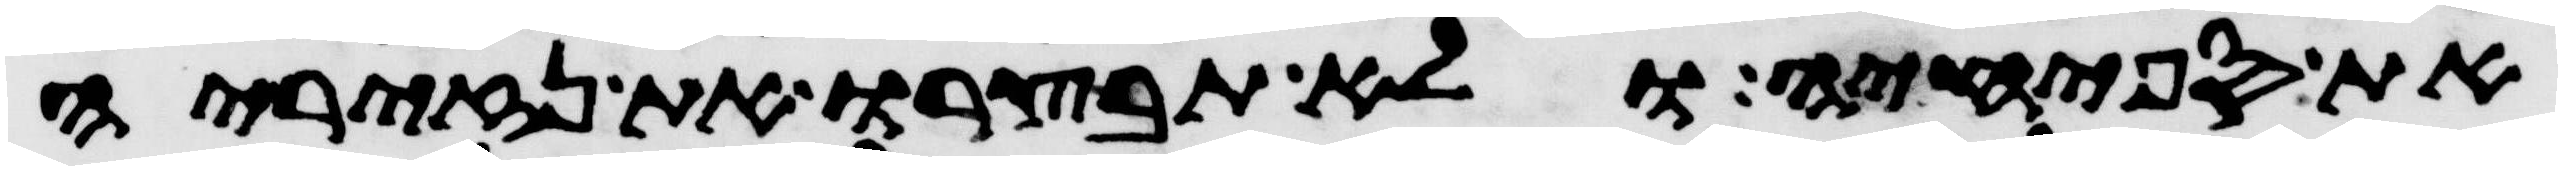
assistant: את ספחיה ולא תבצרו את נזיריה